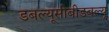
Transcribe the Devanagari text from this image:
डबल्यूसीबीडबल्यू